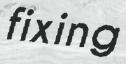
fixing